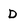
Character: D